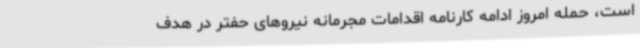
است، حمله امروز ادامه کارنامه اقدامات مجرمانه نیروهای حفتر در هدف